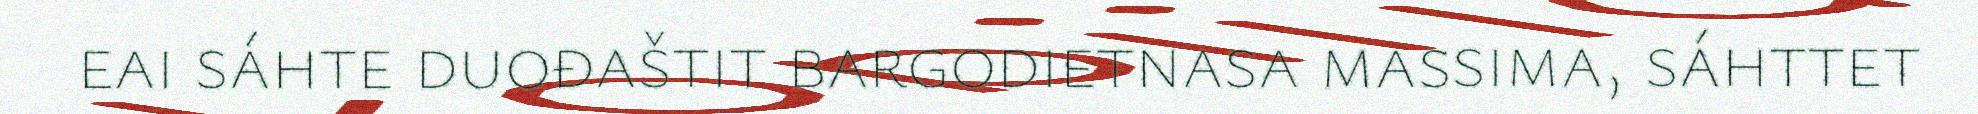
eai sáhte duođaštit bargodietnasa massima, sáhttet